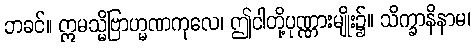
ဘခင်။ ဣမသ္မိံဗြာဟ္မဏကုလေ၊ ဤငါတို့ပုဏ္ဏားမျိုး၌။ သိက္ခာနိနာမ၊